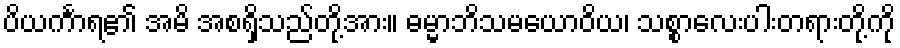
ပိယင်္ကာရ၏ အမိ အစရှိသည်တို့အား။ ဓမ္မာဘိသမယောဝိယ၊ သစ္စာလေးပါးတရားတို့ကို